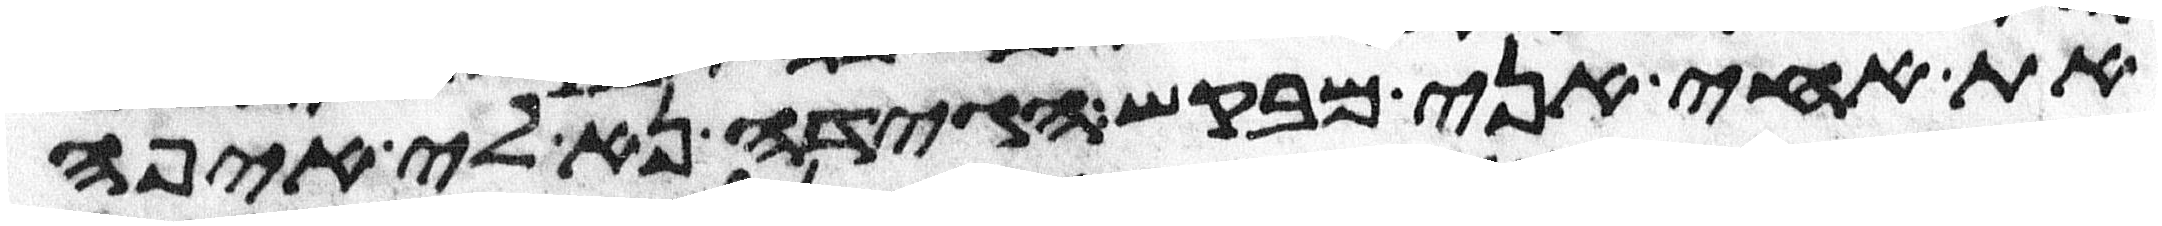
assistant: את אחי אני מבקש הגידה נא לי איפה